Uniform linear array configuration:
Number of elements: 48
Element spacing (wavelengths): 0.5
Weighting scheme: exponential
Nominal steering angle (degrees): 0
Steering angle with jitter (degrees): -1.382
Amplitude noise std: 0.05
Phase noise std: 0.05

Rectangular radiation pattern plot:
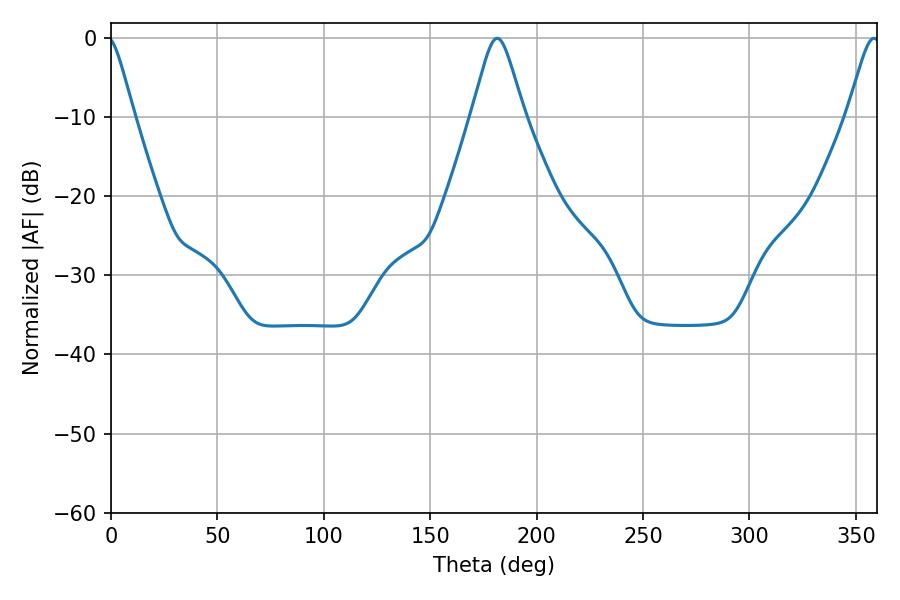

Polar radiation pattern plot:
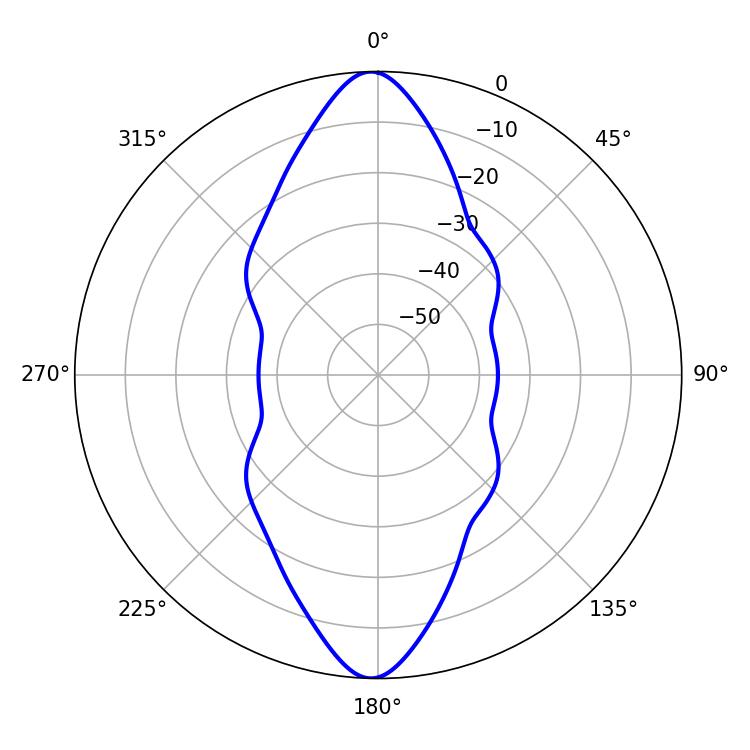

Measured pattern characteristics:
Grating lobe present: FALSE
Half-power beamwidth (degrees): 11.7
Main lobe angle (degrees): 181.44